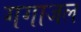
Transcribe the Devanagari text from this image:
गगाजल